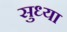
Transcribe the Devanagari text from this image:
सुध्या